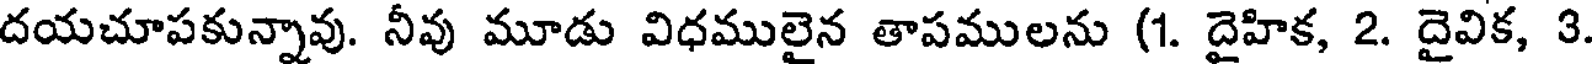
దయచూపకున్నావు. నీవు మూడు విధములైన తాపములను (1. దైహిక, 2. దైవిక, 3.